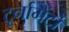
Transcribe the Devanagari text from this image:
टूर्नामेंर्टों